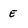
Character: E